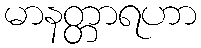
မာနတ္တာရဟာ